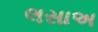
લસાઅ